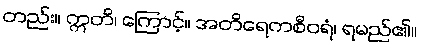
တည်း။ ဣတိ၊ ကြောင့်။ အတိရေကစီဝရံ၊ ရမည်၏။